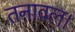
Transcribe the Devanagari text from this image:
तनावल।